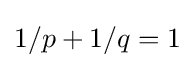
1/p+1/q=1